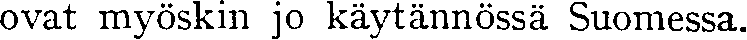
ovat myöskin jo käytännössä Suomessa.